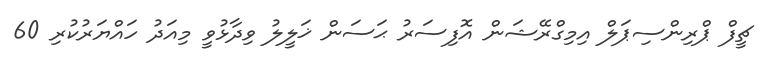
ޗީފް ޕްރިންސިޕަލް އިމިގްރޭޝަން އޮފިސަރު ޙަސަން ޚަލީލު ވިދާޅުވީ މިއަދު ހައްޔަރުކުރި 60